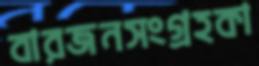
বারজনসংগ্রহকা